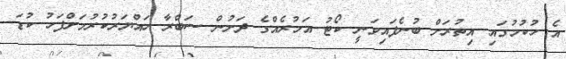
އެ ހުކުމުގައި އިތުރަށް ބުނެފައިވަނީ ކޯޓު އަމުރެއްގެ ދަށުން ސަބްރާ ހައްޔަރުކުރުމަށްފަހު ކުޑަ